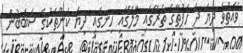
ވެއަތުވެ ދިޔަ ދެ ހަފުތާގެ ތެރޭގައި މާލޭގައި ހިނގައި ދިޔަ ކަންތަކުގެ ސަބަބުން